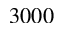
3 0 0 0